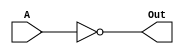
`timescale 1ns/1ns

module NOT_1bit(A, Out);

input A;
output Out;

assign #5 Out = ~A;

endmodule